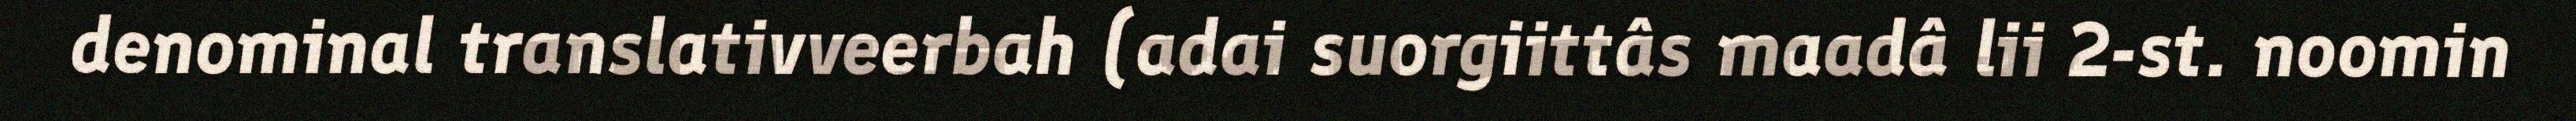
denominal translativveerbah (adai suorgiittâs maadâ lii 2-st. noomin